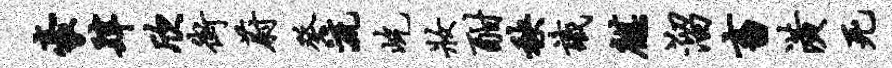
豪肆欣街蔚癸流屹妆酣秧识麒溜畜潢死